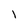
Character: I